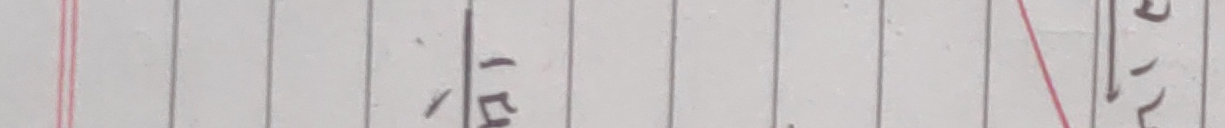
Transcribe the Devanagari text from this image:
ईम